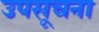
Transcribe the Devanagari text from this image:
उपसूचना